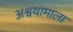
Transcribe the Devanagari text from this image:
अश्वथामाला